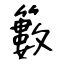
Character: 籔